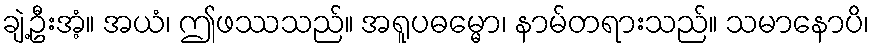
ချဲ့ဦးအံ့။ အယံ၊ ဤဖဿသည်။ အရူပဓမ္မော၊ နာမ်တရားသည်။ သမာနောပိ၊